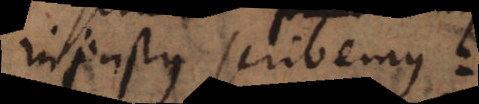
on‐justus scribemus